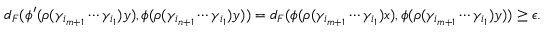
d _ { F } ( \phi ^ { \prime } ( \rho ( \gamma _ { i _ { m + 1 } } \cdots \gamma _ { i _ { 1 } } ) y ) , \phi ( \rho ( \gamma _ { i _ { n + 1 } } \cdots \gamma _ { i _ { 1 } } ) y ) ) = d _ { F } ( \phi ( \rho ( \gamma _ { i _ { m + 1 } } \cdots \gamma _ { i _ { 1 } } ) x ) , \phi ( \rho ( \gamma _ { i _ { m + 1 } } \cdots \gamma _ { i _ { 1 } } ) y ) ) \ge \epsilon .